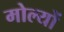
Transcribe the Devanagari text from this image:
मोल्यों